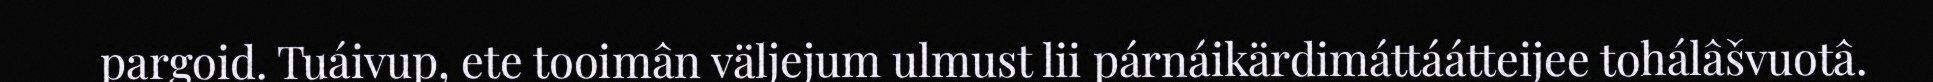
pargoid. Tuáivup, ete tooimân väljejum ulmust lii párnáikärdimáttáátteijee tohálâšvuotâ.